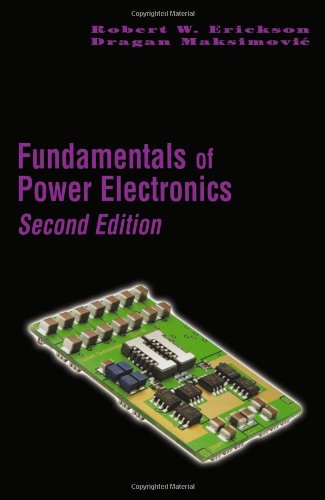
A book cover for Fundamentals of Power Electronics; Robert W. Erickson; Engineering & Transportation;